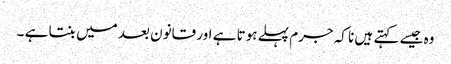
وہ جیسے کہتے ہیں نا کہ جرم پہلے ہوتا ہے اور قانون بعد میں بنتا ہے ۔